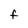
Character: F